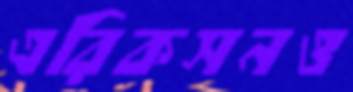
এরিকসনও